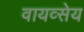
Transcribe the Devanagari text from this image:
वायव्सेय